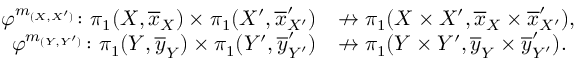
\begin{array} { r l } { \varphi ^ { m _ { ( X , X ^ { \prime } ) } } \colon \pi _ { 1 } ( X , \overline { { x } } _ { X } ) \times \pi _ { 1 } ( X ^ { \prime } , \overline { { x } } _ { X ^ { \prime } } ^ { \prime } ) } & { \nrightarrow \pi _ { 1 } ( X \times X ^ { \prime } , \overline { { x } } _ { X } \times \overline { { x } } _ { X ^ { \prime } } ^ { \prime } ) , } \\ { \varphi ^ { m _ { ( Y , Y ^ { \prime } ) } } \colon \pi _ { 1 } ( Y , \overline { { y } } _ { Y } ) \times \pi _ { 1 } ( Y ^ { \prime } , \overline { { y } } _ { Y ^ { \prime } } ^ { \prime } ) } & { \nrightarrow \pi _ { 1 } ( Y \times Y ^ { \prime } , \overline { { y } } _ { Y } \times \overline { { y } } _ { Y ^ { \prime } } ^ { \prime } ) . } \end{array}